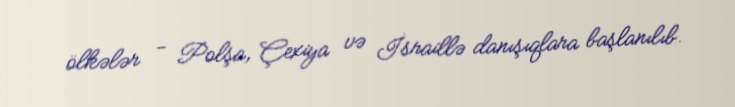
ölkələr - Polşa, Çexiya və İsraillə danışıqlara başlanılıb.